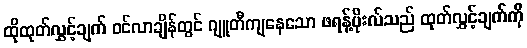
ထိုထုတ်လွှင့်ချက် ဝင်လာချိန်တွင် ဂျူတီကျနေသော ဖရန့်ပိုးလ်သည် ထုတ်လွှင့်ချက်ကို